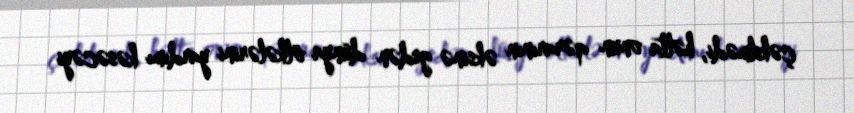
çəkilmədi, hətta onun qərarının əksinə gedən dünya ölkələrini yardımı kəsəcəyi